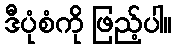
ဒီပုံစံကို ဖြည့်ပါ။